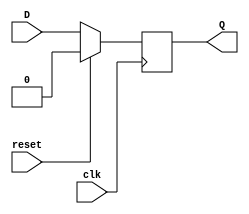
module dff_synchronous_reset (
  input D,
  input clk,
  input reset,
  output reg Q
);

always @(posedge clk) begin
  if (reset) begin
    Q <= 1'b0;  // Force output Q to known state when reset is active
  end else begin
    Q <= D;  // Change state according to D input on rising edge of clock
  end
end

endmodule